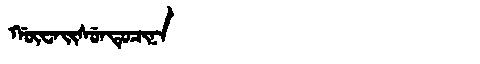
Manchu: ᡤᡡᠸᠠᡳᠰᡠᠨᡨᡠᠴᡳᠨᠠ
Romanization: GŪWAISUNTUCINA